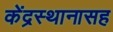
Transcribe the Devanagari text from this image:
केंद्रस्थानासह